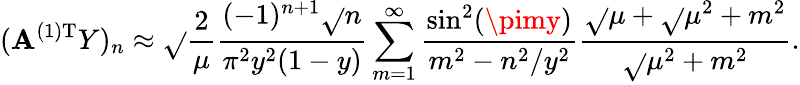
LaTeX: (\mathbf{A}^{(1)\mathrm{{T}}}Y)_{n}\approx\sqrt{}{{\frac{{2}}{{\mu}}}}\frac{{(-1)^{n+1}\sqrt{}{{n}}}}{{\pi^{2}y^{2}(1-y)}}\sum_{m=1}^{\infty}\frac{{\sin^{2}(\pimy)}}{{m^{2}-n^{2}/y^{2}}}\frac{{\sqrt{}{{\mu+\sqrt{}{{\mu^{2}+m^{2}}}}}}}{{\sqrt{}{{\mu^{2}+m^{2}}}}}.